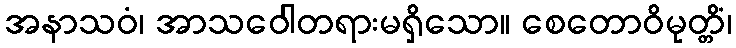
အနာသဝံ၊ အာသဝေါတရားမရှိသော။ စေတောဝိမုတ္တိံ၊